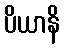
ပိယာနိ